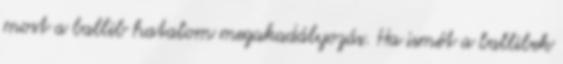
most a ballib hatalom megakadályozás. Ha ismét a ballibek